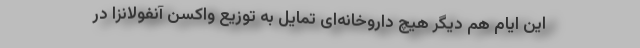
این ایام هم دیگر هیچ داروخانه‌ای تمایل به توزیع واکسن آنفولانزا در